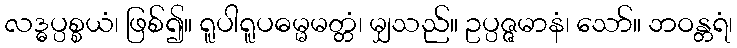
လဒ္ဓပ္ပစ္စယံ၊ ဖြစ်၍။ ရူပါရူပဓမ္မမတ္တံ၊ မျှသည်။ ဥပ္ပဇ္ဇမာနံ၊ သော်။ ဘဝန္တရံ၊